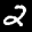
Label: 2